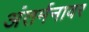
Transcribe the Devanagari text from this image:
अंतर्मनावर